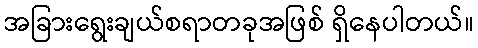
အခြားရွေးချယ်စရာတခုအဖြစ် ရှိနေပါတယ်။